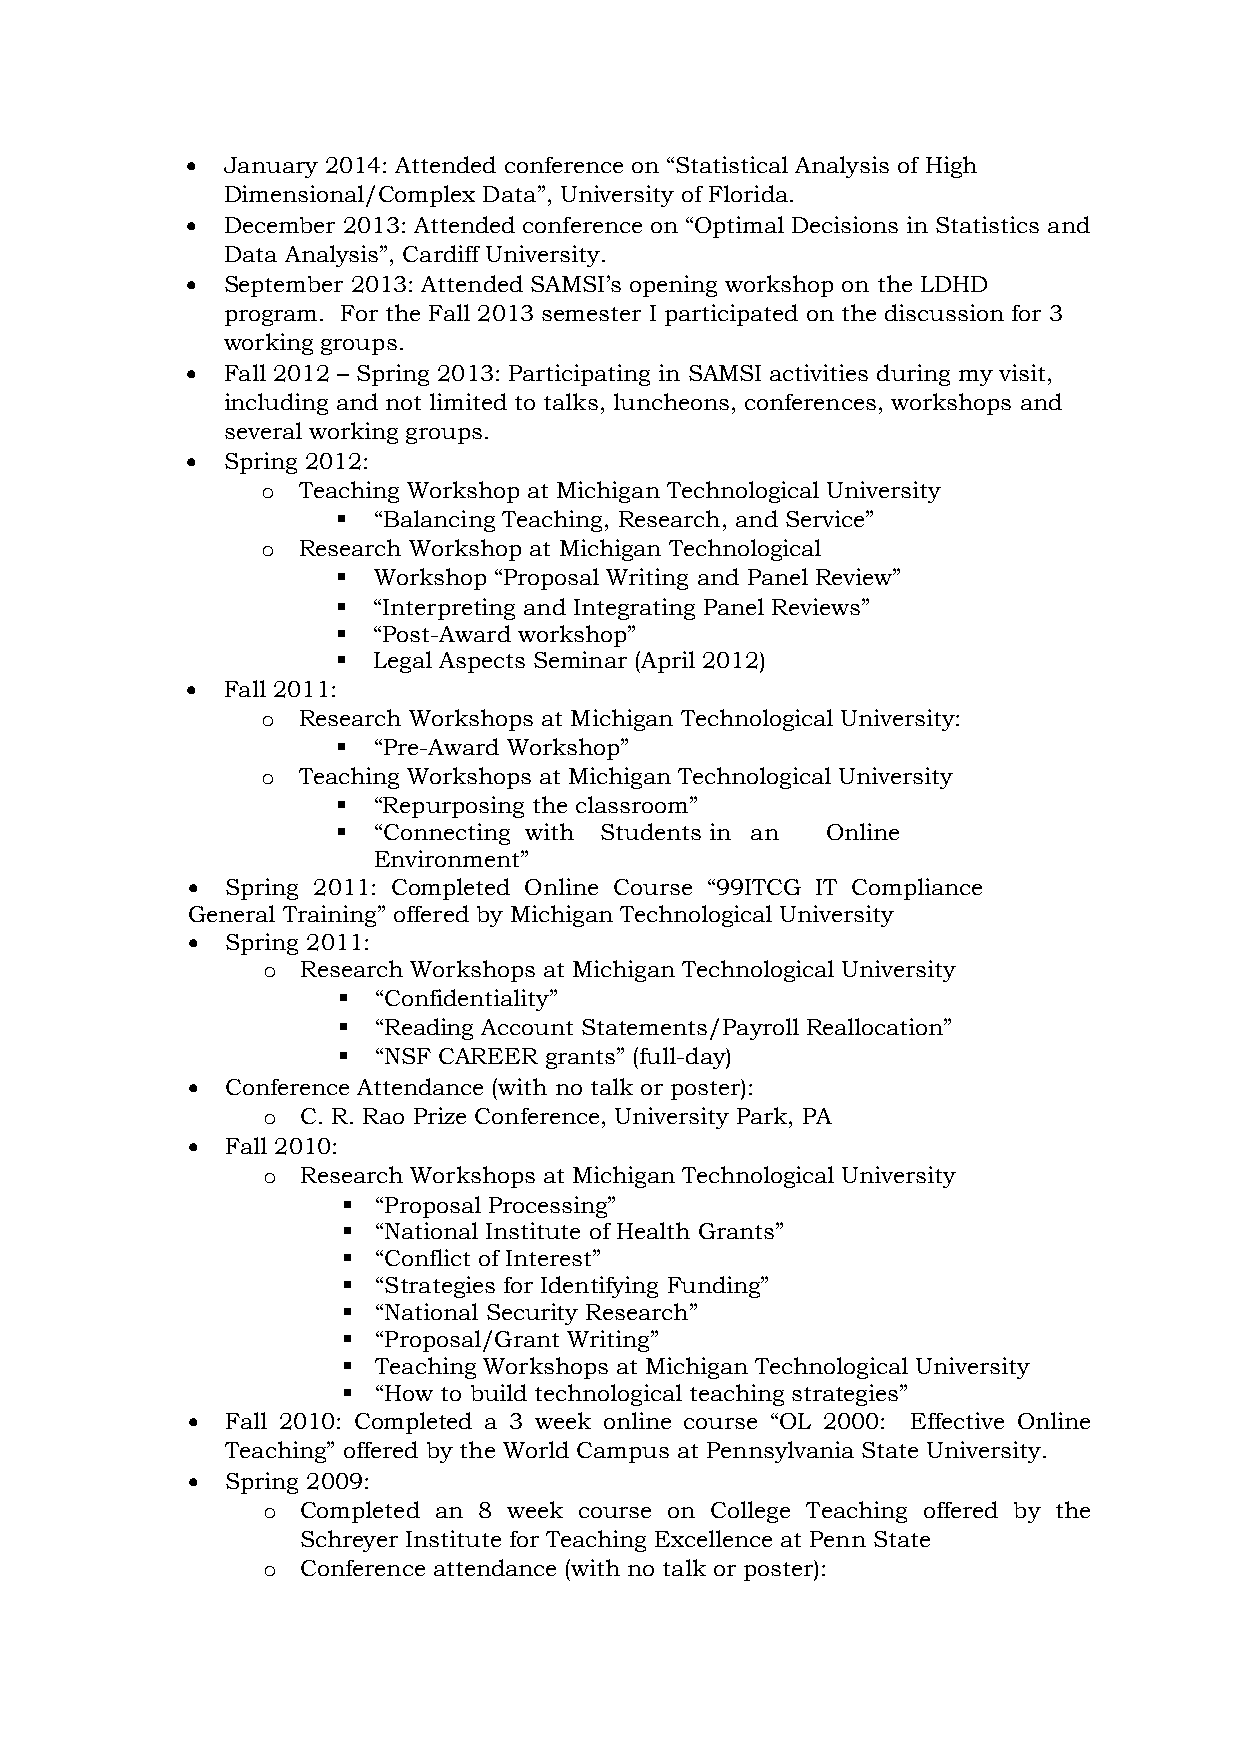
  January 2014: Attended conference on “Statistical Analysis of High
 Dimensional/Complex Data”, University of Florida.
   December 2013: Attended conference on “Optimal Decisions in Statistics and
 Data Analysis”, Cardiff University.
   September 2013: Attended SAMSI’s opening workshop on the LDHD
 program. For the Fall 2013 semester I participated on the discussion for 3
 working groups.
   Fall 2012 – Spring 2013: Participating in SAMSI activities during my visit,
 including and not limited to talks, luncheons, conferences, workshops and
 several working groups.
   Spring 2012:
 o  Teaching Workshop at Michigan Technological University
   “Balancing Teaching, Research, and Service”
 o  Research Workshop at Michigan Technological
   Workshop “Proposal Writing and Panel Review”
   “Interpreting and Integrating Panel Reviews”
   “Post-Award workshop”
   Legal Aspects Seminar (April 2012)
   Fall 2011:
 o  Research Workshops at Michigan Technological University:
   “Pre-Award Workshop”
 o  Teaching Workshops at Michigan Technological University
   “Repurposing the classroom”
   “Connecting with Students in an Online
 Environment”
   Spring 2011: Completed Online Course “99ITCG IT Compliance
 General Training” offered by Michigan Technological University
   Spring 2011:
 o  Research Workshops at Michigan Technological University
   “Confidentiality”
   “Reading Account Statements/Payroll Reallocation”
   “NSF CAREER grants” (full-day)
   Conference Attendance (with no talk or poster):
 o  C. R. Rao Prize Conference, University Park, PA
   Fall 2010:
 o  Research Workshops at Michigan Technological University
  “Proposal Processing”
  “National Institute of Health Grants”
  “Conflict of Interest”
  “Strategies for Identifying Funding”
  “National Security Research”
  “Proposal/Grant Writing”
  Teaching Workshops at Michigan Technological University
  “How to build technological teaching strategies”
   Fall 2010: Completed a 3 week online course “OL 2000: Effective Online
 Teaching” offered by the World Campus at Pennsylvania State University.
   Spring 2009:
 o  Completed an 8 week course on College Teaching offered by the
 Schreyer Institute for Teaching Excellence at Penn State
 o  Conference attendance (with no talk or poster):